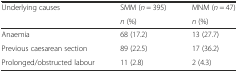
| <ROWSPAN=2> Underlying causes | SMM (n = 395) | MNM (n = 47) |
 | n (%) | n (%) |
 | --- | --- | --- |
 | Anaemia | 68 (17.2) | 13 (27.7) |
 | Previous caesarean section | 89 (22.5) | 17 (36.2) |
 | Prolonged/obstructed labour | 11 (2.8) | 2 (4.3) |